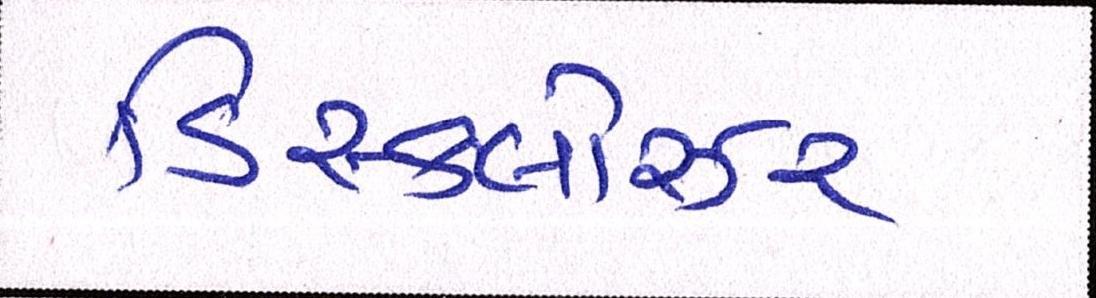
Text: ડિસ્કલોઝર